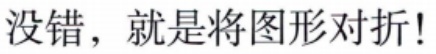
没错，就是将图形对折!